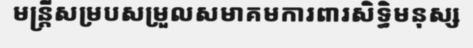
មន្ត្រីសម្របសម្រួលសមាគមការពារសិទ្ធិមនុស្ស